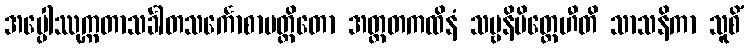
အပ္ပေါဿုက္ကတာသင်္ခါတသင်္ကောစာပတ္တိတော အတ္ထတကထိနံ သဗ္ဗနိမိတ္တေဟီတိ သာသနိကာ သူစိံ